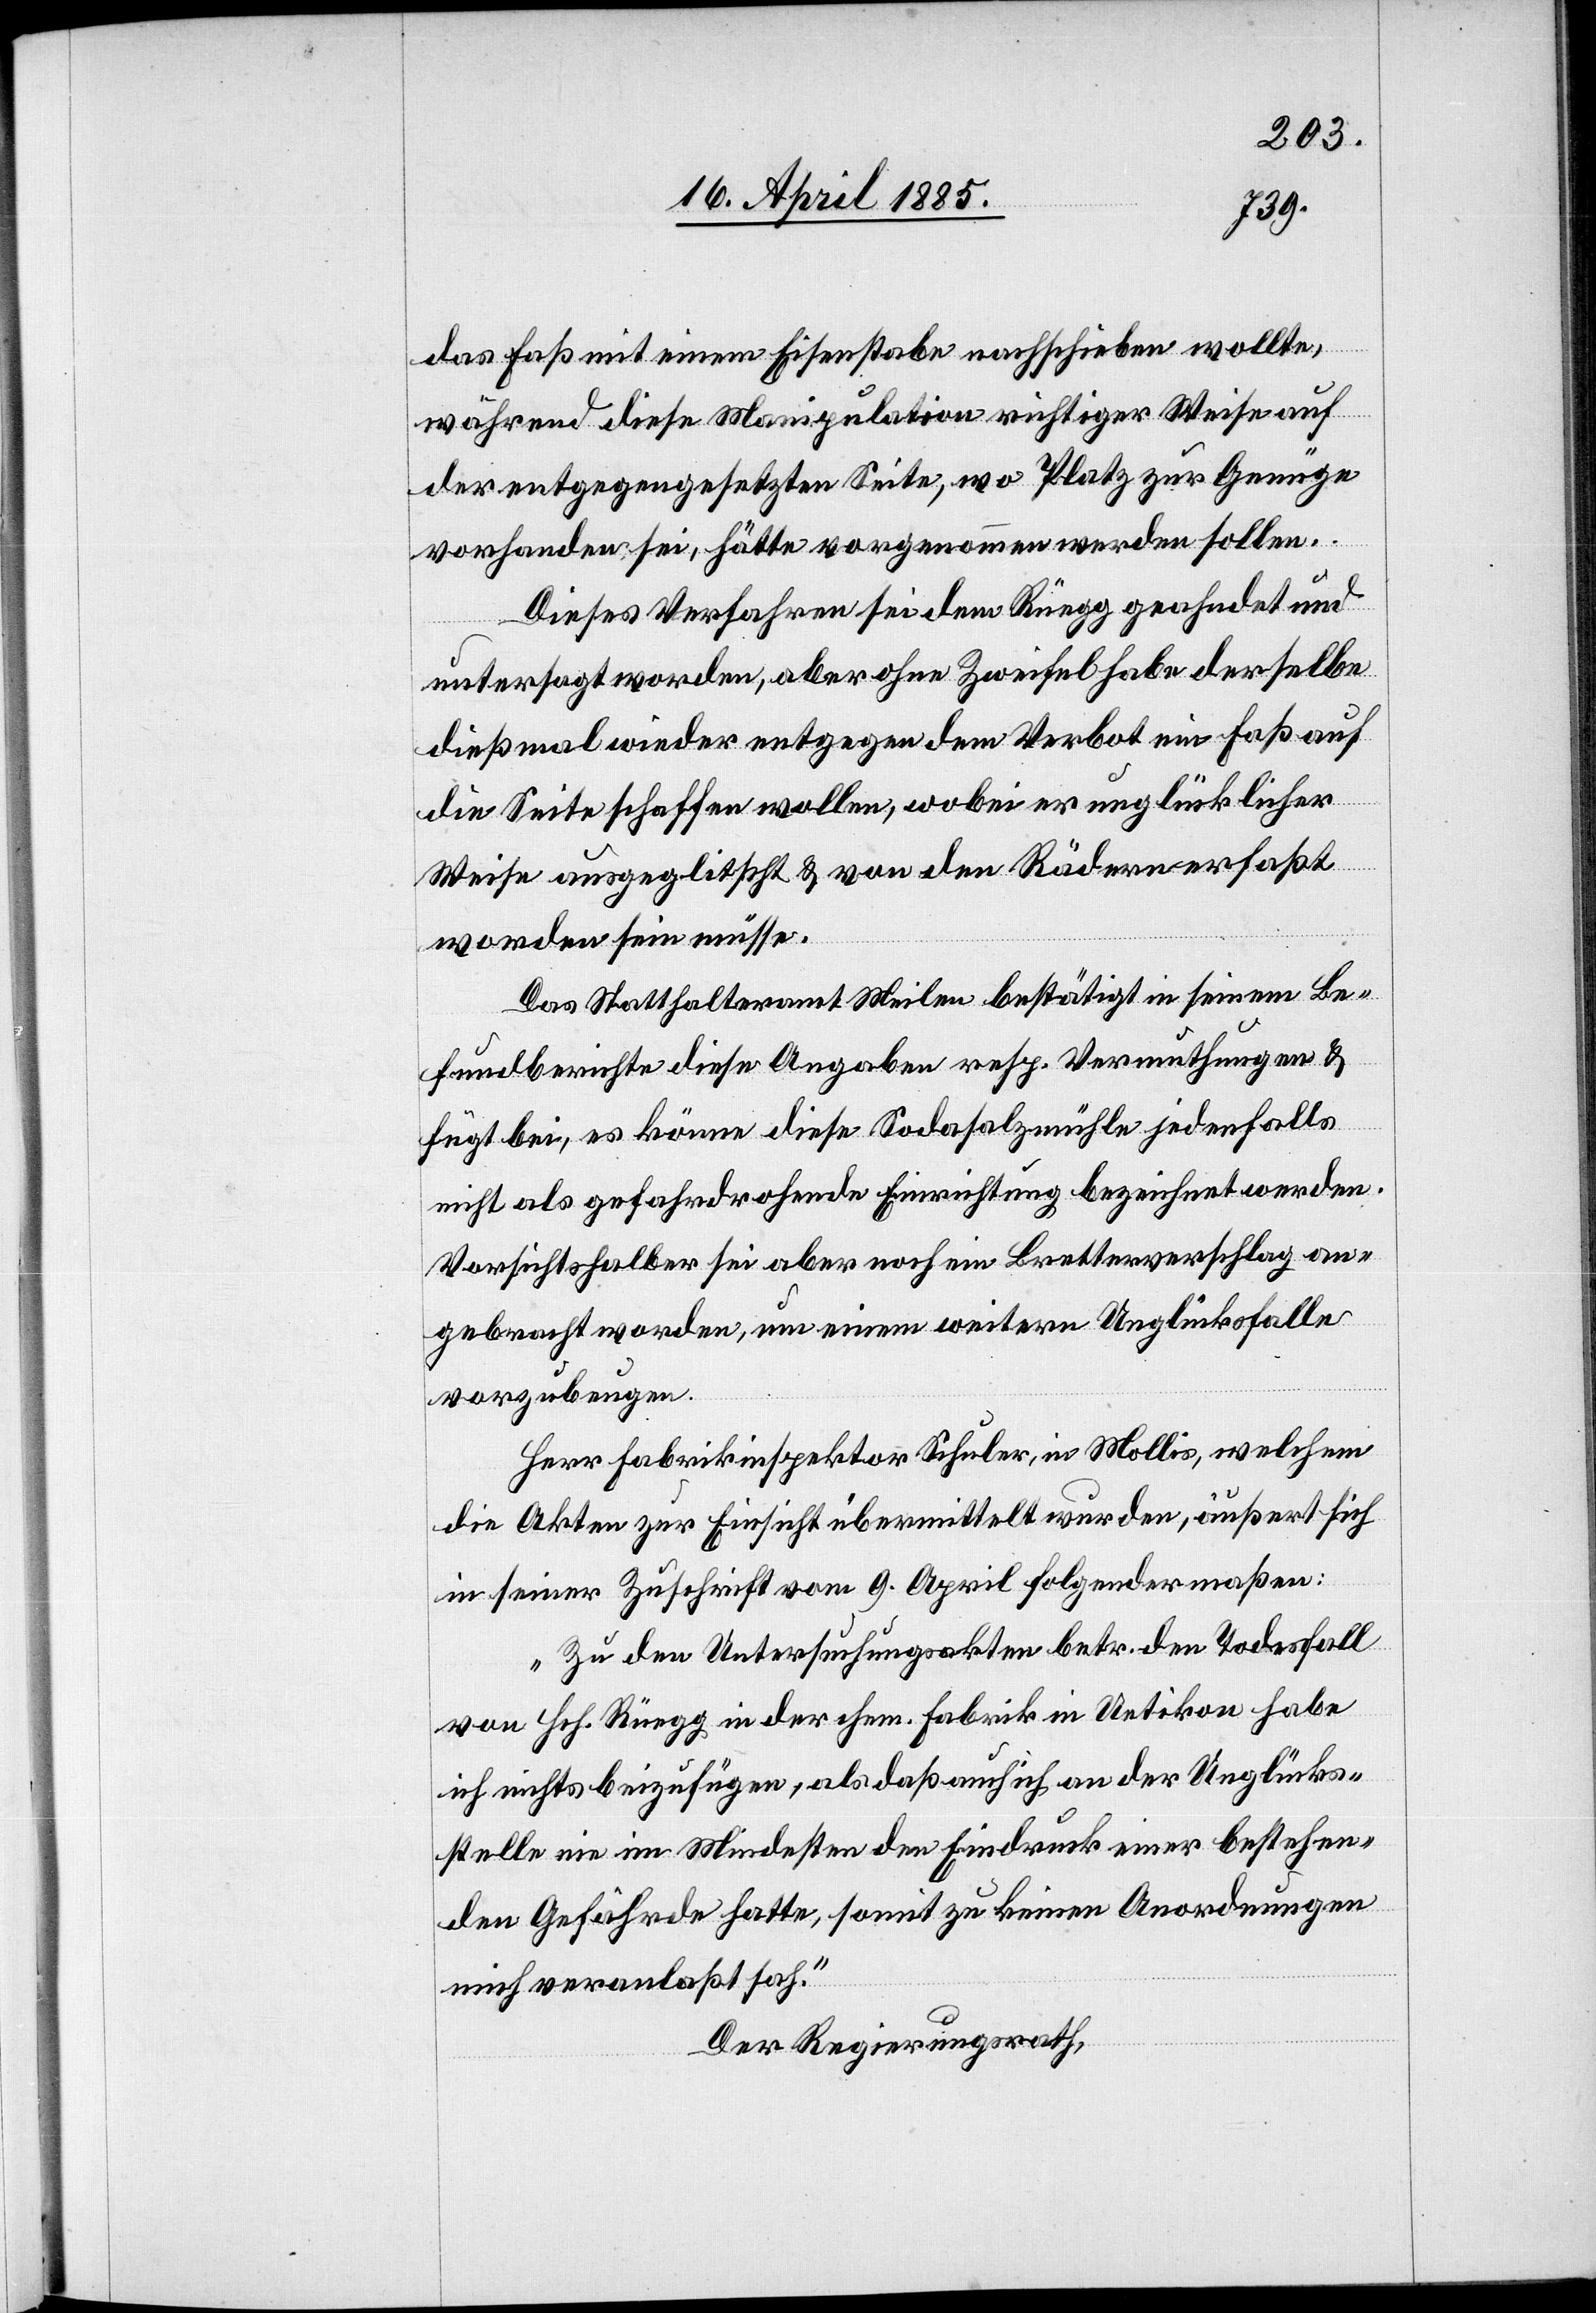
das Faß mit einem Eisenstabe nachschieben wollte,
während diese Manipulation richtiger Weise auf
der entgegengesetzten Seite, wo Platz zur Genüge
vorhanden sei, hätte vorgenommen werden sollen.
Dieses Verfahren sei dem Rüegg geahndet und
untersagt worden, aber ohne Zweifel habe derselbe
dießmal wieder entgegen dem Verbot ein Faß auf
die Seite schaffen wollen, wobei er unglücklicher
Weise ausgeglitscht & von den Rädern erfaßt
worden sein müsse.
Das Statthalteramt Meilen bestätigt in seinem Be¬
fundberichte diese Angaben resp. Vermuthungen &
fügt bei, es könne diese Sodasalzmühle jedenfalls
nicht als gefahrdrohende Einrichtung bezeichnet werden.
Vorsichtshalber sei aber noch ein Bretterverschlag an¬
gebracht worden, um einem weitern Unglücksfalle
vorzubeugen.
Herr Fabrikinspektor Schuler, in Mollis, welchem
die Akten zur Einsicht übermittelt wurden, äußert sich
in seiner Zuschrift vom 9. April folgendermaßen:
„Zu den Untersuchungsakten betr. den Todesfall
von Hch. Rüegg in der chem. Fabrik in Uetikon habe
ich nichts beizufügen, als daß auch ich an der Unglücks¬
stelle nie im Mindesten den Eindruck einer bestehen¬
den Gefährde hatte, somit zu keinen Anordnungen
mich veranlaßt sah.“
Der Regierungsrath